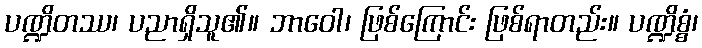
ပဏ္ဍိတဿ၊ ပညာရှိသူ၏။ ဘာဝေါ၊ ဖြစ်ကြောင်း ဖြစ်ရာတည်း။ ပဏ္ဍိစ္စံ၊